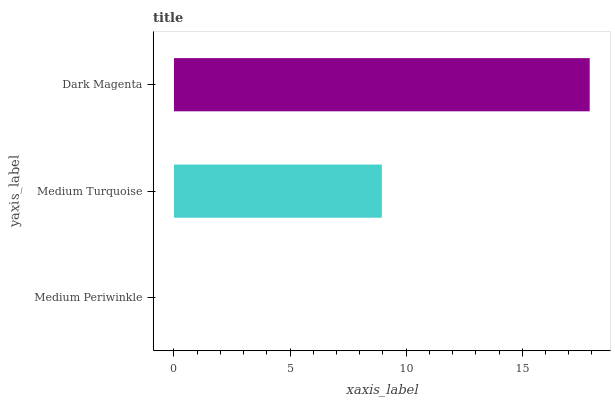
| yaxis_label | bars |
 | --- | --- |
 | Medium Periwinkle | 0 |
 | Medium Turquoise | 8.95 |
 | Dark Magenta | 17.9 |